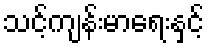
သင့်ကျန်းမာရေးနှင့်